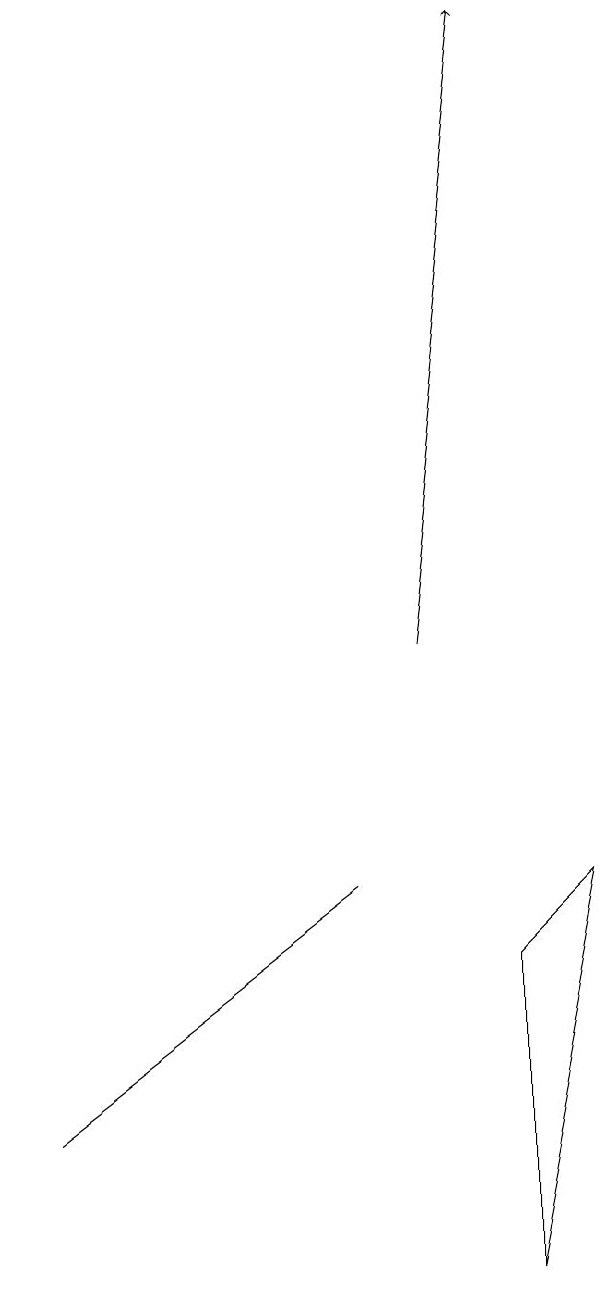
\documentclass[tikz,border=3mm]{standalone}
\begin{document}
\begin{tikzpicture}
\draw (2,5) -- (6,8) -- (6,8) -- cycle;
\draw[->] (7,11) -- (8,19);
\draw (8,3) -- (9,8) -- (8,7) -- cycle;
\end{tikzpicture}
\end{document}